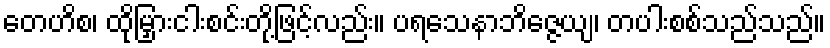
တေဟိစ၊ ထိုမြှားငါးစင်းတို့ဖြင့်လည်း။ ပရသေနာဘိဇ္ဇေယျ၊ တပါးစစ်သည်သည်။